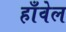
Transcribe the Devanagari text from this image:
हाँवेल